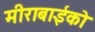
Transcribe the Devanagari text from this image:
मीराबाईको